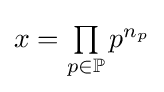
{\textstyle x=\prod \limits _{p\in \mathbb {P} }p^{n_{p}}}